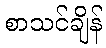
စာသင်ချိန်